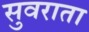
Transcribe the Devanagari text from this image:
सुवराता